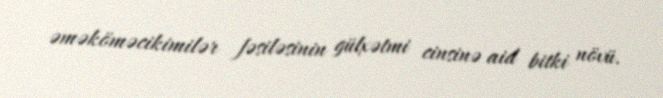
əməköməcikimilər fəsiləsinin gülxətmi cinsinə aid bitki növü.